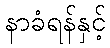
နာခံရန်နှင့်